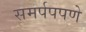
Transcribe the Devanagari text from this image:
समर्पपपणे